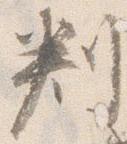
判